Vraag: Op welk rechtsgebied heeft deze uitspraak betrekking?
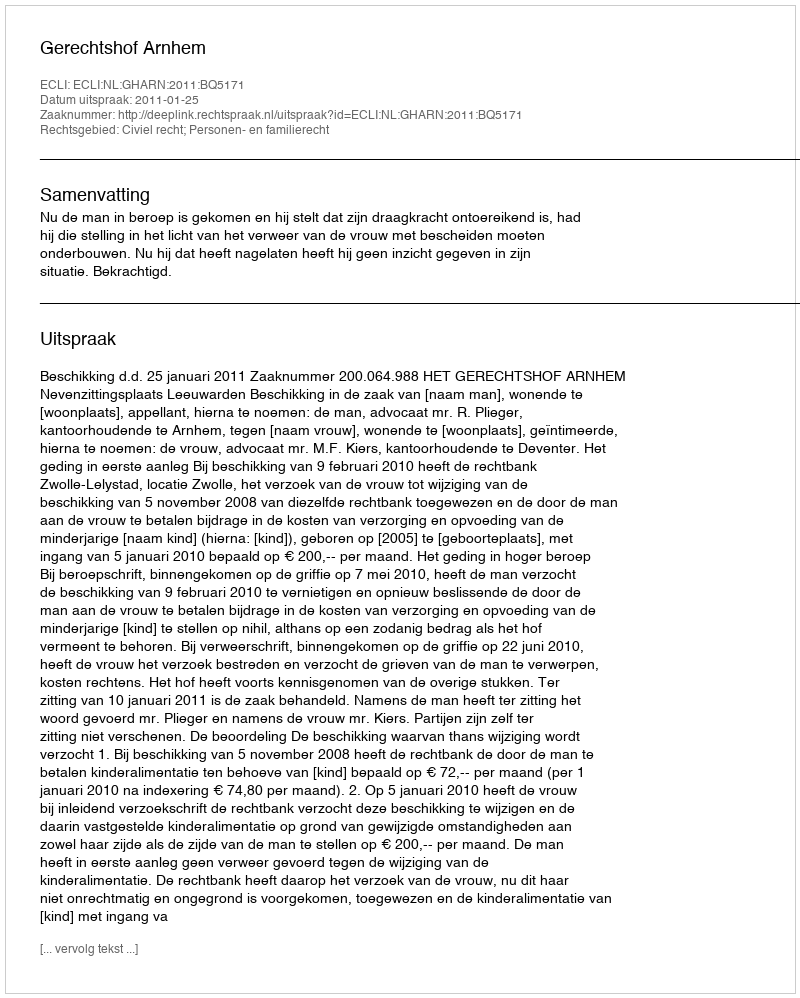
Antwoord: Civiel recht; Personen- en familierecht